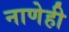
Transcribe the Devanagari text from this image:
नाणेही